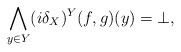
LaTeX: \begin{align*}\bigwedge_{y \in Y} (i\delta_X)^Y(f,g)(y) = \bot,\end{align*}